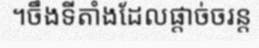
។ចឹងទីតាំងដែលផ្តាច់ចរន្ត